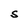
Character: S